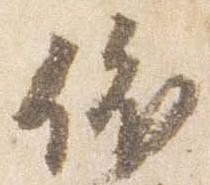
依